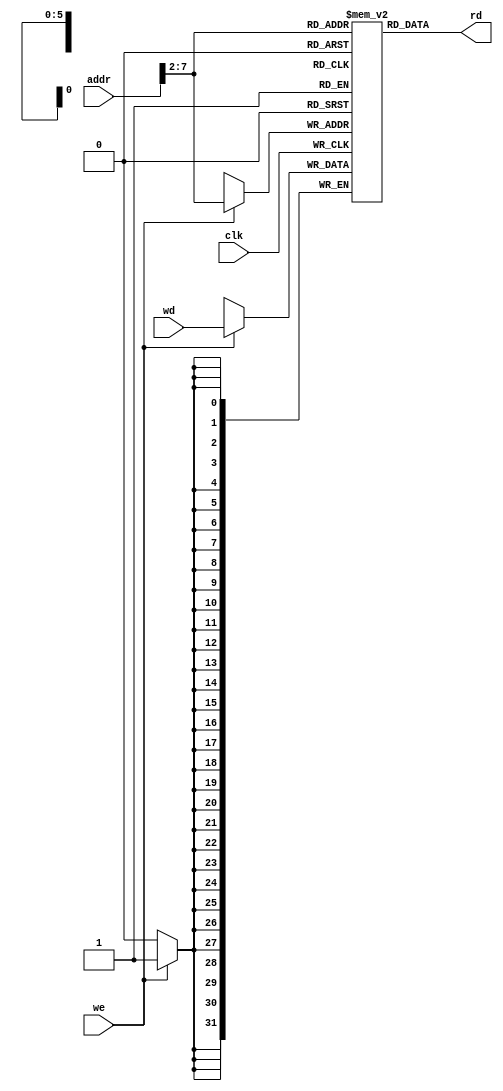
module data_mem(input clk, we,
                input [31:0] addr, wd,
                output [31:0] rd);

  reg [31:0] mem[63:0];

  assign rd = mem[addr[31:2]]; // word aligned

  always @(posedge clk)
    if(we) 
        mem[addr[31:2]] <= wd;

endmodule